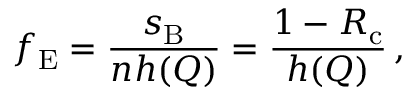
f _ { \mathrm { E } } = \frac { s _ { \mathrm { B } } } { n h ( { Q } ) } = \frac { 1 - R _ { \mathrm { c } } } { h ( { Q } ) } \, ,